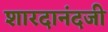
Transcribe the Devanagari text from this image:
शारदानंदजी